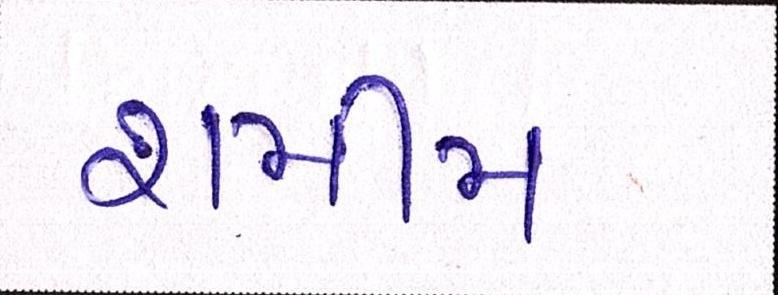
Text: શમીમ